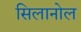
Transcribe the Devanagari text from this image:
सिलानोल